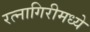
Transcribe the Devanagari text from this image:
रत्नागिरीमध्ये